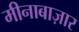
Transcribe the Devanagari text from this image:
मीनाबाज़ार